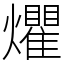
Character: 爠